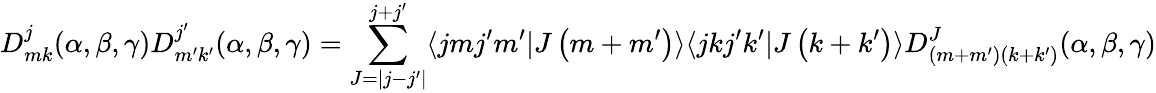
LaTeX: D_{mk}^{j}(\alpha,\beta,\gamma)D_{m^{\prime}k^{\prime}}^{j^{\prime}}(\alpha,\beta,\gamma)=\sum_{J=|j-j^{\prime}|}^{j+j^{\prime}}\langle jmj^{\prime}m^{\prime}|J\left(m+m^{\prime}\right)\rangle\langle jkj^{\prime}k^{\prime}|J\left(k+k^{\prime}\right)\rangle D_{\left(m+m^{\prime}\right)\left(k+k^{\prime}\right)}^{J}(\alpha,\beta,\gamma)